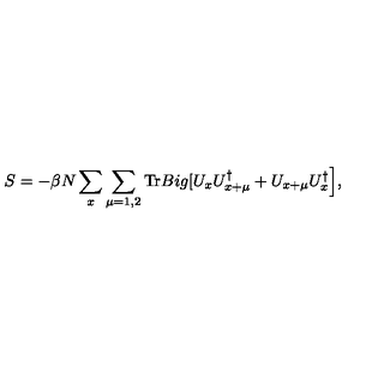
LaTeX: S = - \beta N \sum _ { x } \sum _ { \mu = 1 , 2 } \mathrm { T r } B i g [ U _ { x } U _ { x + \mu } ^ { \dag } + U _ { x + \mu } U _ { x } ^ { \dag } \Big ] ,